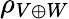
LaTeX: \rho_{V\oplus W}